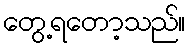
တွေ့ရတော့သည်။